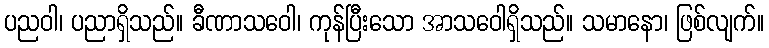
ပညဝါ၊ ပညာရှိသည်။ ခီဏာသဝေါ၊ ကုန်ပြီးသော အာသဝေါရှိသည်။ သမာနော၊ ဖြစ်လျက်။